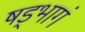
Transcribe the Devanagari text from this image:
षड्भागं